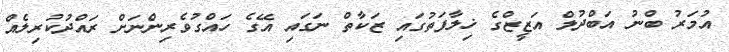
އުމަރު ބްނު އަބްދުލް އަޒީޒްގެ ޚިލާފަތުގައި ޒަކާތް ނަގައި އޭގެ ހައްގުވެރިންނަށް ރައްދުކުރިލެއް